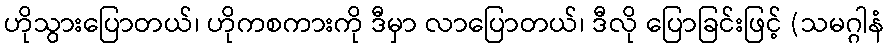
ဟိုသွားပြောတယ်၊ ဟိုကစကားကို ဒီမှာ လာပြောတယ်၊ ဒီလို ပြောခြင်းဖြင့် (သမဂ္ဂါနံ